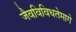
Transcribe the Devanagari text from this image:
जैवविविधतेमागे